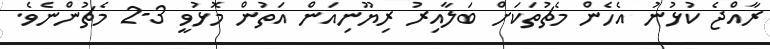
ރާއްޖެ ކުޅުނު އެހެން މެޗުތަކަށް ބަލާއިރު ރިޔޫނިއަން އަތުން މޮޅުވީ 3-2 މެޗުންނެވެ.